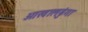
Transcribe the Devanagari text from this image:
ओखालढुंगा